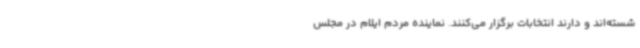
شسته‌اند و دارند انتخابات برگزار می‌کنند. نماینده مردم ایلام در مجلس